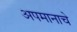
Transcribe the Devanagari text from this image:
अपमानाचे